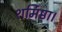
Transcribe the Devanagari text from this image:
शर्मिष्ठा।